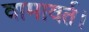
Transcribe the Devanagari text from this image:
वामावर्त।